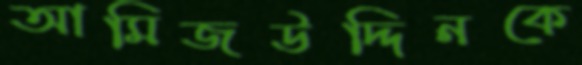
আমিজউদ্দিনকে